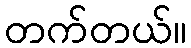
တက်တယ်။